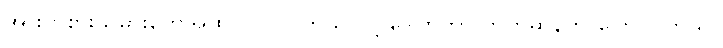
အားကစားသမားတွေအထိ ပါဝင်ပါတယ် လို့ ဒေါက်တာ ဘက်ဆန်က ပြောပါ တယ်။